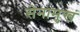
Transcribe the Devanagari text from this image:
सेनामुखं